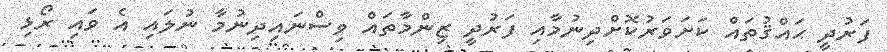
ފަރުދީ ޙައްޤުތައް ކަށަވަރުކޮށްދިނުމާއި ފަރުދީ ޒިންމާތައް ވިސްނައިދިނުމާ ނުލައި އެ ވައި ރޯޅި